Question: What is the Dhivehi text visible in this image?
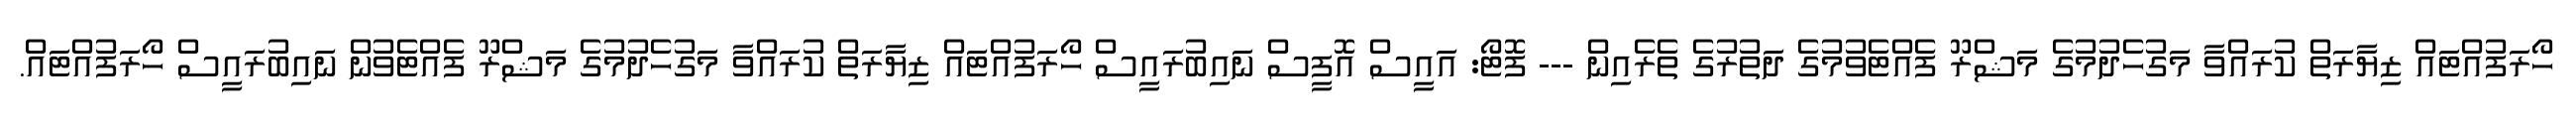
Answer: ހޯރަފުއްޓައް ޒިޔާރަތް ކުރައްވާ މަގުހެދުމުގެ މަޝްރޫ ފެއްޓެވުމުގެ ދަތުރުގެ ތެރެއިން --- ފޮޓޯ: އައީސް އޮފީސް ނައިބުރައީސް ހޯރަފުއްޓައް ޒިޔާރަތް ކުރައްވާ މަގުހެދުމުގެ މަޝްރޫ ފެއްޓެވުން ނައިބުރައީސް ހޯރަފުއްޓައް.